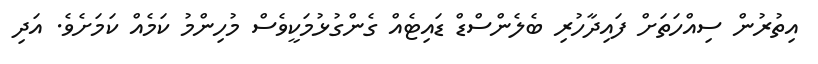
އިތުރުން ސިއްހަތަށް ފައިދާހުރި ބެލެންސްޑް ޑައިޓެއް ގެންގުޅުމަކީވެސް މުހިންމު ކަމެއް ކަމަށެވެ. އަދި